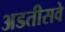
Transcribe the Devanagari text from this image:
अडतीसवे